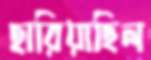
হারিয়াছিল